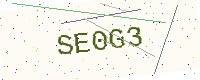
Text: SE0G3